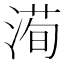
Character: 𱧵